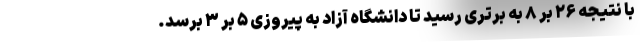
با نتیجه ۲۶ بر ۸ به برتری رسید تا دانشگاه آزاد به پیروزی ۵ بر ۳ برسد.